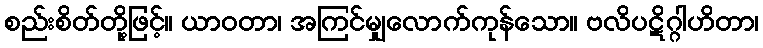
စည်းစိတ်တို့ဖြင့်။ ယာဝတာ၊ အကြင်မျှလောက်ကုန်သော။ ဗလိပဋိဂ္ဂါဟိတာ၊